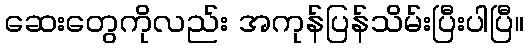
ဆေးတွေကိုလည်း အကုန်ပြန်သိမ်းပြီးပါပြီ။